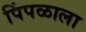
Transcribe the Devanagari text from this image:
पिंपळाला